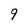
Character: 9